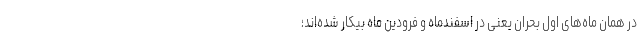
در همان ماه‌های اول بحران یعنی در اسفندماه و فرودین ماه بیکار شده‌اند؛